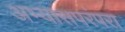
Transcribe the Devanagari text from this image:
अभ्यासपरंपरा